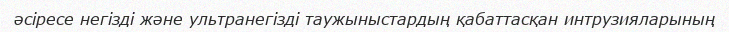
әсіресе негізді және ультранегізді таужыныстардың қабаттасқан интрузияларының